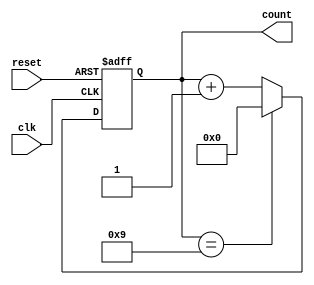
module bcd_counter (
    input wire clk,          // Clock signal
    input wire reset,        // Asynchronous reset signal
    output reg [3:0] count   // 4-bit output for the current count
);

// Always block triggered on the rising edge of the clock or the reset signal
always @(posedge clk or posedge reset) begin
    // Check for reset condition
    if (reset) begin
        count <= 4'b0000;  // Reset the count to 0
    end else begin
        // Increment the count
        if (count == 4'b1001) begin
            count <= 4'b0000;  // Reset to 0 if count exceeds 9
        end else begin
            count <= count + 1;  // Increment the count
        end
    end
end

endmodule